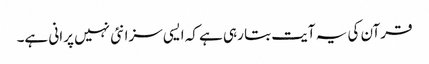
قرآن کی یہ آیت بتا رہی ہے کہ ایسی سزا نئی نہیں پرانی ہے۔